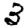
Digit: 3